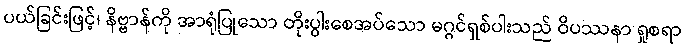
ပယ်ခြင်းဖြင့်၊ နိဗ္ဗာန်ကို အာရုံပြုသော တိုးပွါးစေအပ်သော မဂ္ဂင်ရှစ်ပါးသည် ဝိပဿနာ ရှုစရာ